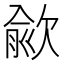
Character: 歈